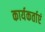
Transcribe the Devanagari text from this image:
कार्यकर्ताएं